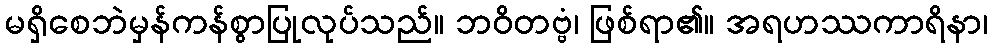
မရှိစေဘဲမှန်ကန်စွာပြုလုပ်သည်။ ဘဝိတဗ္ဗံ၊ ဖြစ်ရာ၏။ အရဟဿကာရိနာ၊